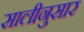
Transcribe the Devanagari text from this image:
सालीनुसार